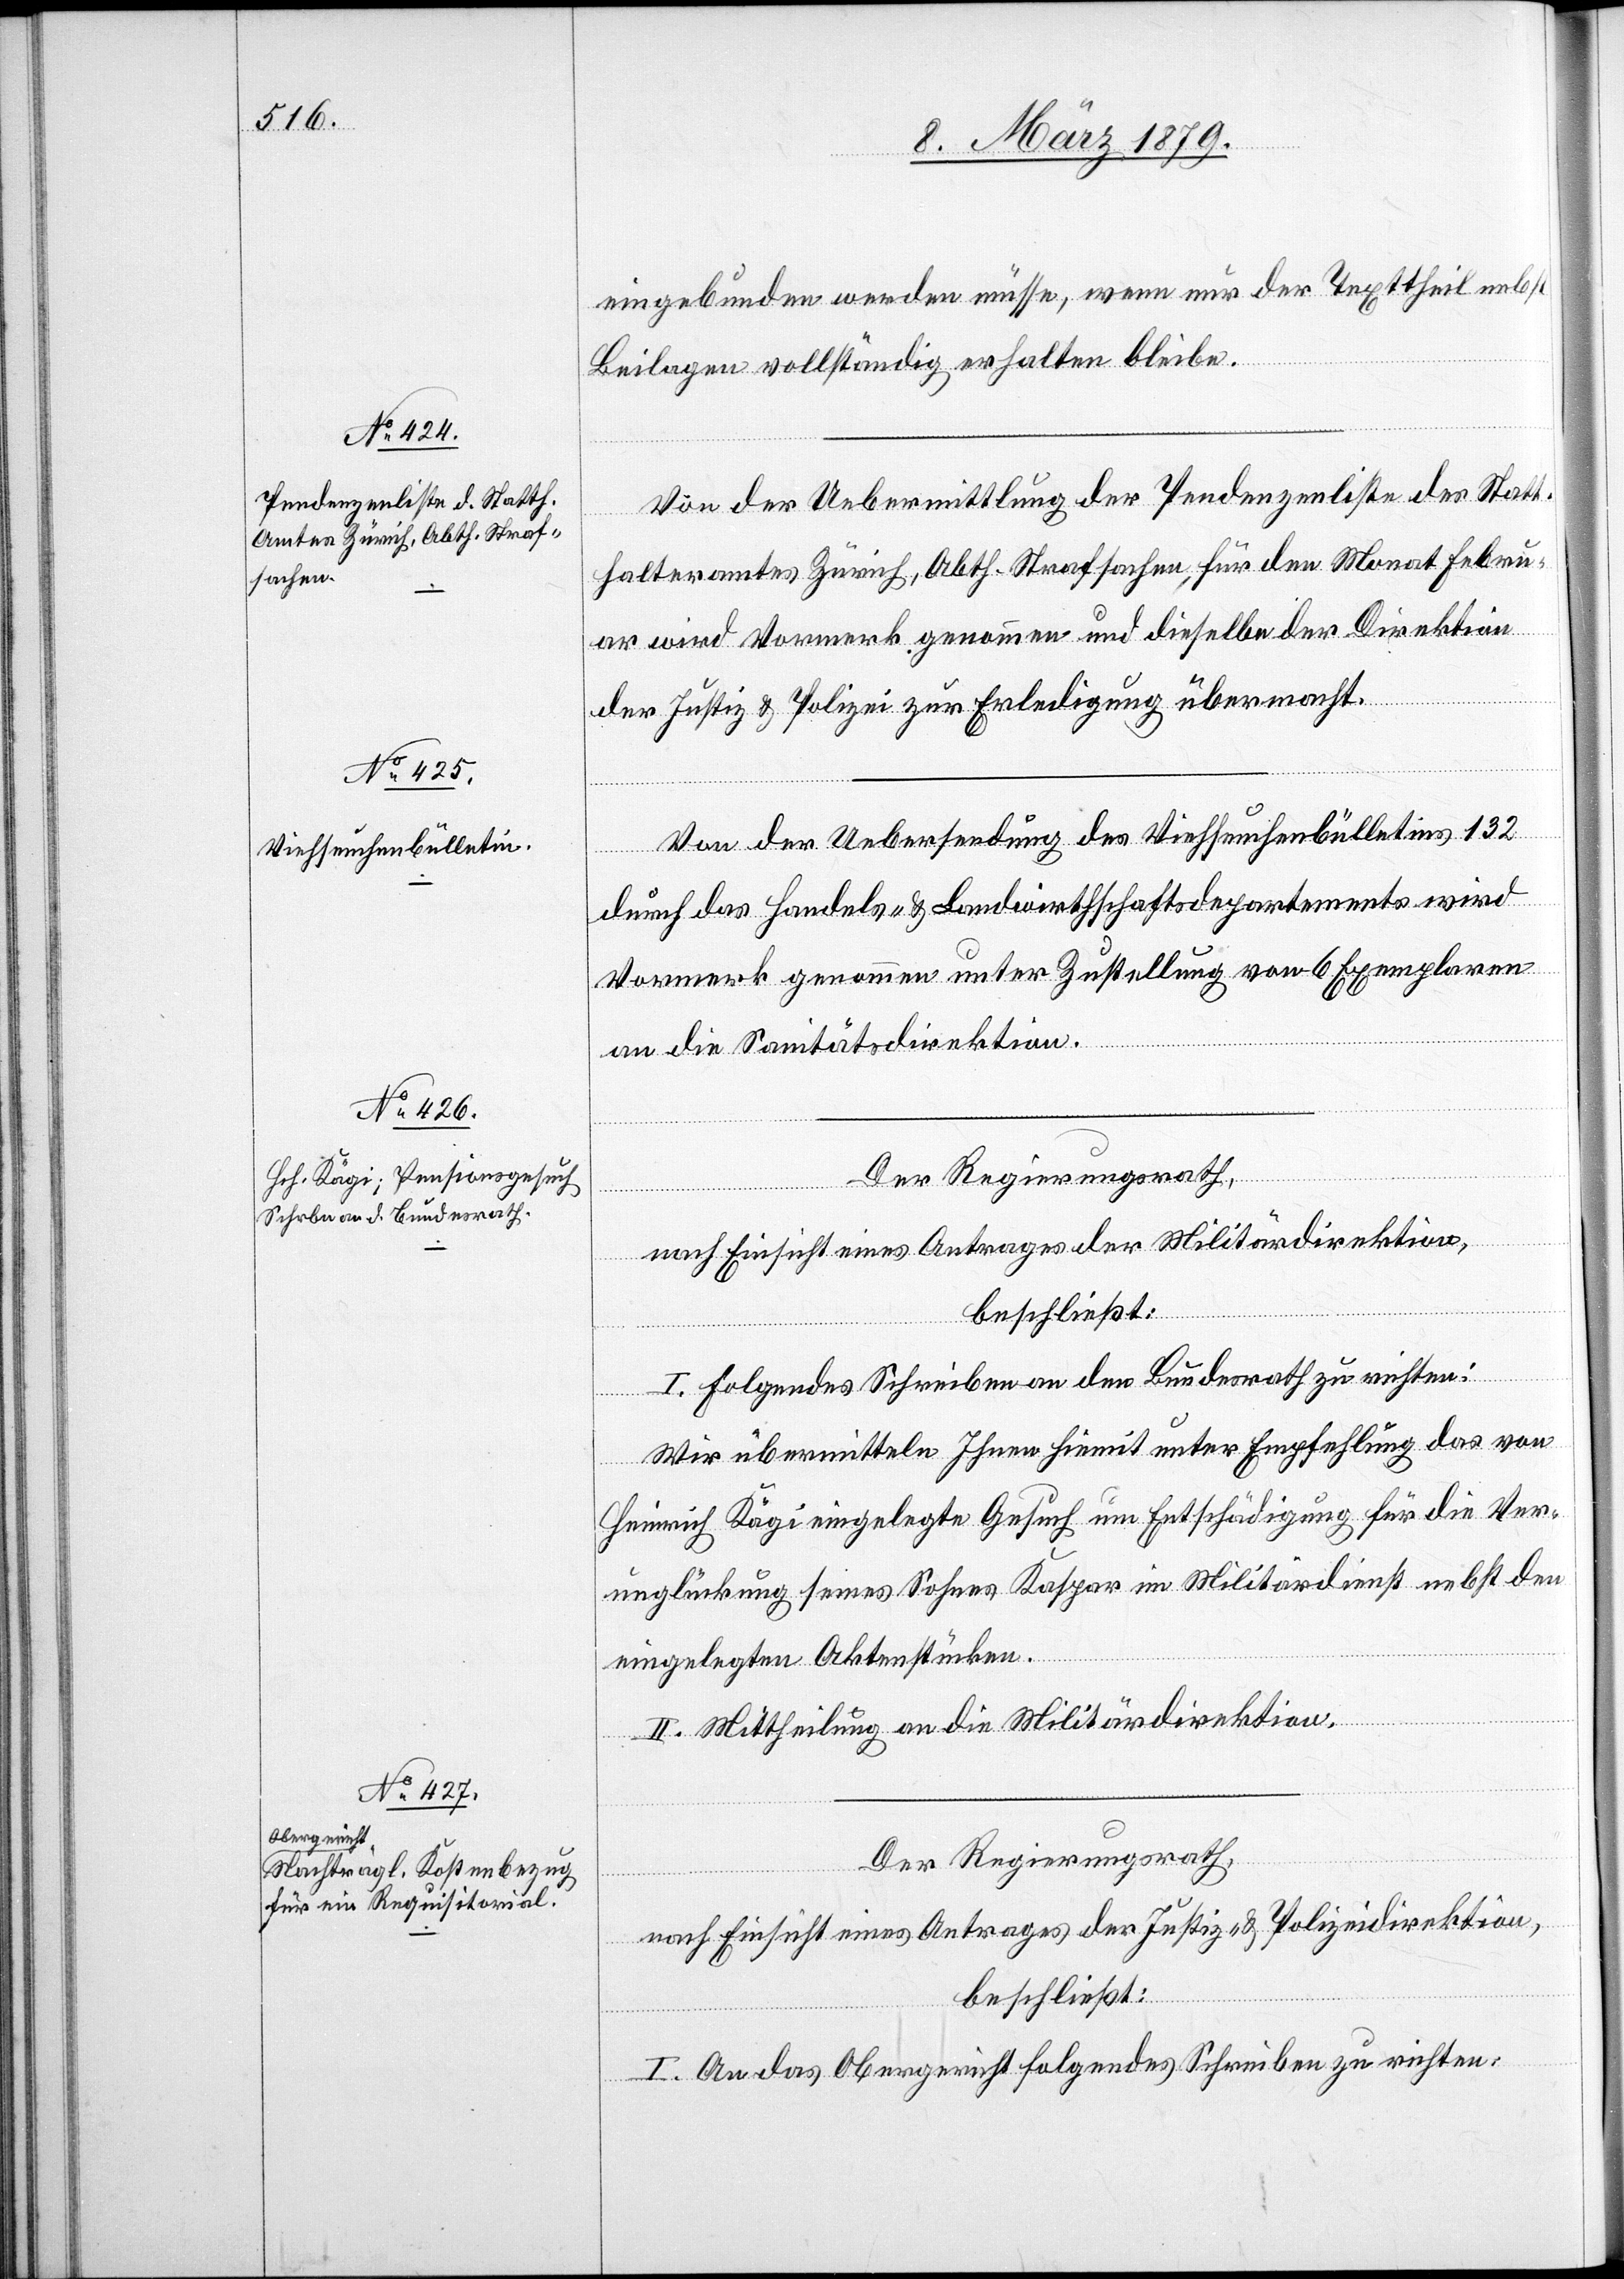
eingebunden werden müsse, wenn nur der Texttheil nebst
Beilagen vollständig erhalten bleibe.
Von der Uebermittlung der Pendenzenliste des Statt¬
halteramtes Zürich, Abth. Strafsachen, für den Monat Febru¬
ar wird Vormerk genommen und dieselbe der Direktion
der Justiz & Polizei zur Erledigung übermacht.
Von der Uebersendung des Viehseuchenbülletins 132
durch das Handels- & Landwirthschaftsdepartements [sic!]
Vormerk genommen unter Zustellung von 6 Exemplaren
an die Sanitätsdirektion.
Der Regierungsrath,
nach Einsicht eines Antrages der Militärdirektion,
beschließt:
I. Folgendes Schreiben an den Bundesrath zu richten:
Wir übermitteln Ihnen hiemit unter Empfehlung das von
Heinrich Kägi eingelegte Gesuch um Entschädigung für die Ver¬
unglückung seines Sohnes Kaspar im Militärdienst nebst den
eingelegten Aktenstücken.
II. Mittheilung an die Militärdirektion.
Der Regierungsrath,
nach Einsicht eines Antrages der Justiz- & Polizeidirektion,
beschließt:
I. An das Obergericht folgendes Schreiben zu richten: